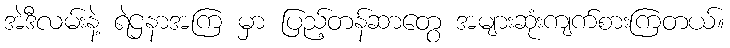
အဲဒီလမ်းနဲ့ ရဲဌနာအကြ မှာ ပြည့်တန်ဆာတွေ အများဆုံးကျက်စားကြတယ်။